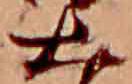
大